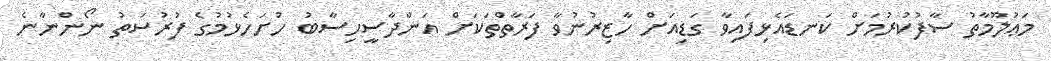
މަޢުލޫމާތު ސާފުކުރުމަށް ކަނޑައެޅިފައިވާ ގަޑިއަށް ހާޒިރުނުވާ ފަރާތްތަކަށް އަންދާސީހިސާބު ހުށަހެޅުމުގެ ފުރުސަތު ނޯންނާނެ